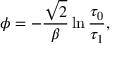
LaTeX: \phi = - \frac { \sqrt { 2 } } { \beta } \ln \frac { \tau _ { 0 } } { \tau _ { 1 } } ,